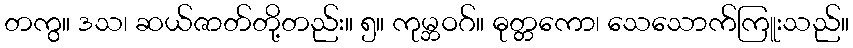
တကွ။ ဒသ၊ ဆယ်ဇာတ်တို့တည်း။ ၅။ ကုမ္ဘဝဂ်။ ဓုတ္တကော၊ သေသောက်ကြူးသည်။